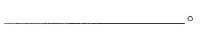
___。